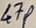
Text: 47K